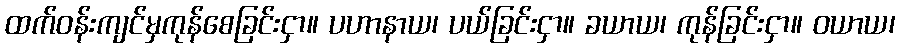
ထက်ဝန်းကျင်မှကုန်စေခြင်းငှာ။ ပဟာနာယ၊ ပယ်ခြင်းငှာ။ ခယာယ၊ ကုန်ခြင်းငှာ။ ဝယာယ၊